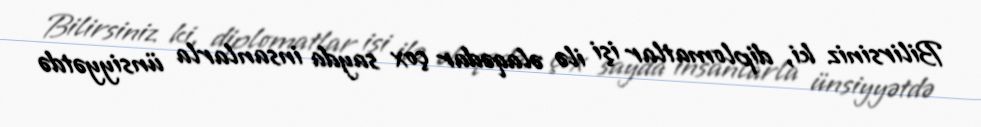
Bilirsiniz ki, diplomatlar işi ilə əlaqədar çox sayda insanlarla ünsiyyətdə